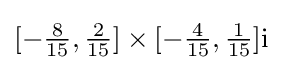
[-{\tfrac {8}{15}},{\tfrac {2}{15}}]\times [-{\tfrac {4}{15}},{\tfrac {1}{15}}]\mathrm {i}